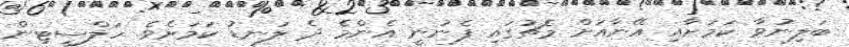
ބަލިނުވާ ކަމަށާއި އޭނާއަށް މެޗުގައި ފެނުނީ އެންމެ ދެ ލަނޑު ކަމަށެވެ. ހަލްސީޓިން